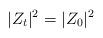
LaTeX: \begin{align*} |Z_t|^2 = |Z_0|^2\end{align*}